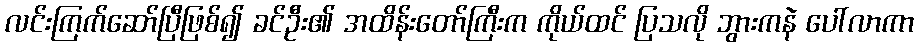
လင်းကြက်ဆော်ပြီဖြစ်၍ ခင်ဦး၏ အထိန်းတော်ကြီးက ကိုယ်ထင် ပြသလို ဘွားကနဲ ပေါ်လာကာ